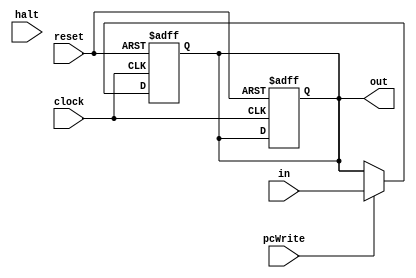
module programCounter(input            clock, reset, pcWrite, halt,
                      input[15:0]      in, 
                      output reg[15:0] out);

reg[15:0] s_in;

always@(posedge clock or negedge reset)
begin
   if (!reset)
      begin
         s_in <= 16'h0000;
         out  <= 16'h0000;
      end
//   else if (halt == 1'b1)
//      begin
//         clock <= 1'bx;
//      end
   else if (pcWrite == 1'b0)
      begin
         s_in <= s_in;
      end
   else
      begin
         s_in <= in;
      end
end

always@(*)
begin
   out <= s_in;
end

endmodule